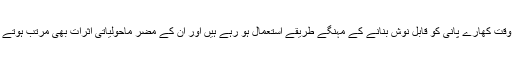
اس وقت کھارے پانی کو قابلِ نوش بنانے کے مہنگے طریقے استعمال ہو رہے ہیں اور ان کے مضر ماحولیاتی اثرات بھی مرتب ہوتے ہیں۔